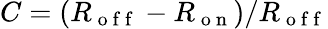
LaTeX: C=(R_{\mathrm{~o~f~f~}}-R_{\mathrm{~o~n~}})/R_{\mathrm{~o~f~f~}}